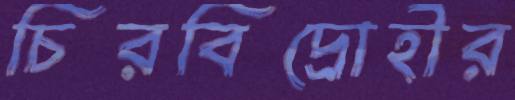
চিরবিদ্রোহীর